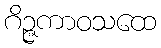
ဂိဉ္ဇကာဝသထေ